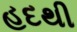
હદથી